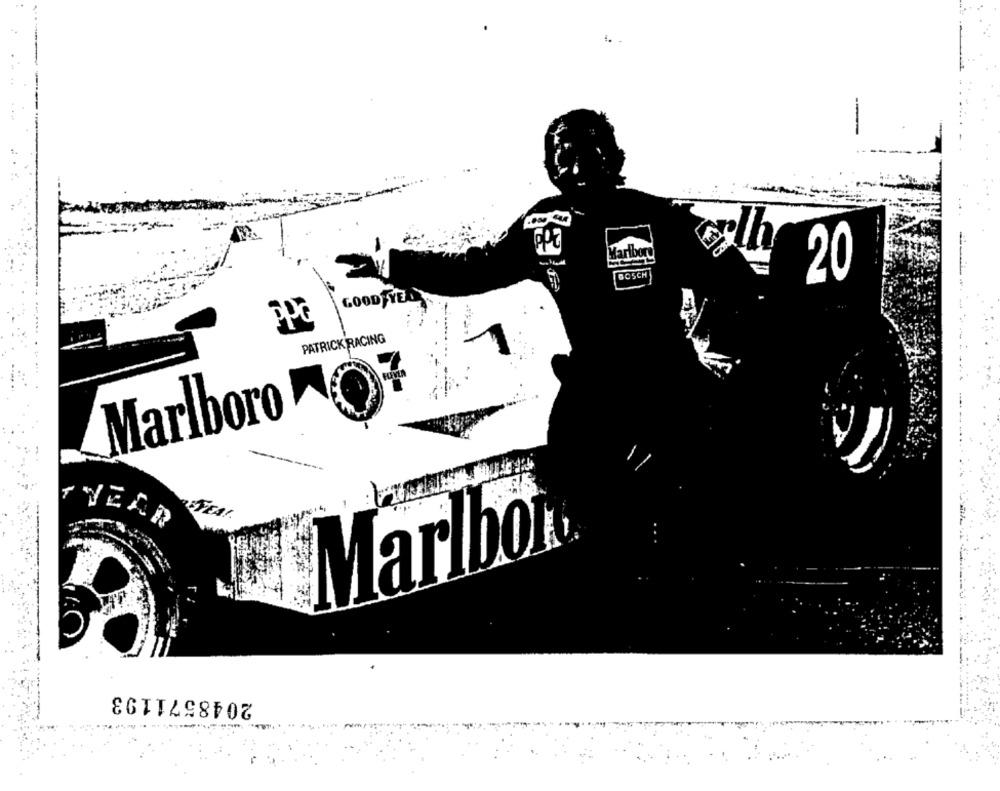
lh
Marlboro
BOSCH
20
GOOD TYED
PATRICK RACING
Marlboro OF
STEAL
Marlbor
2048571193